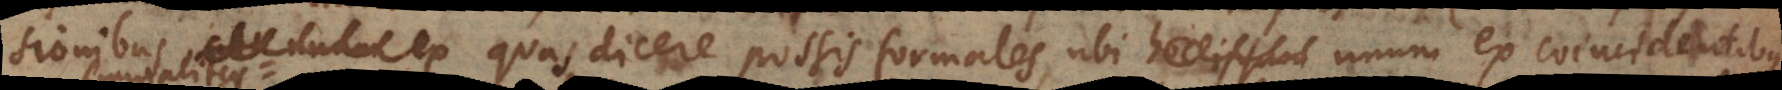
unum ex quas dicere possis formales, ubi unum ex coincidentibus